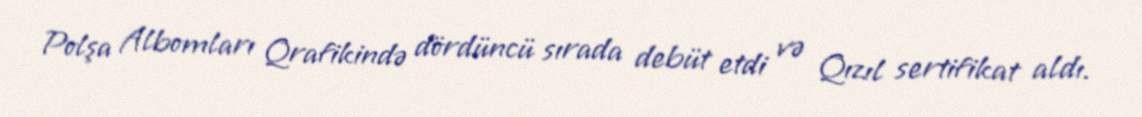
Polşa Albomları Qrafikində dördüncü sırada debüt etdi və Qızıl sertifikat aldı.